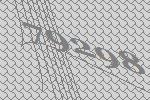
79298